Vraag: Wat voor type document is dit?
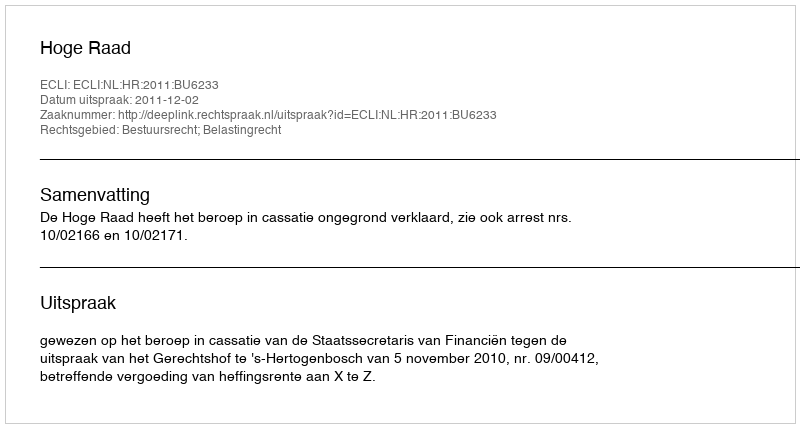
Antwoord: Uitspraak